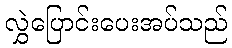
လွှဲပြောင်းပေးအပ်သည်